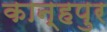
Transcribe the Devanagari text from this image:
कान्हपुर